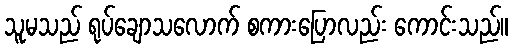
သူမသည် ရုပ်ချောသလောက် စကားပြောလည်း ကောင်းသည်။